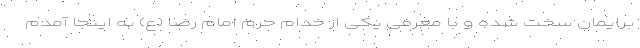
برایمان سخت شده و با معرفی یکی از خدام حرم امام رضا (ع) به اینجا آمدم